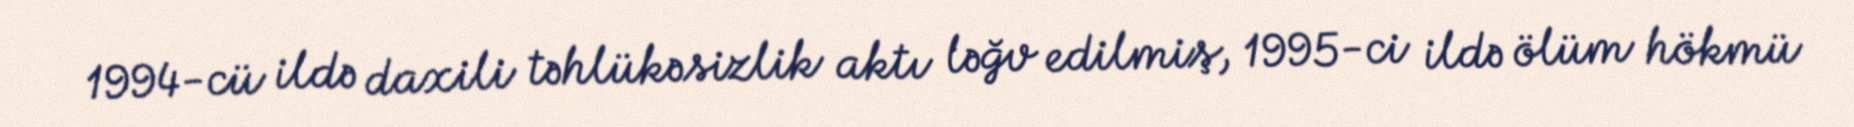
1994-cü ildə daxili təhlükəsizlik aktı ləğv edilmiş, 1995-ci ildə ölüm hökmü